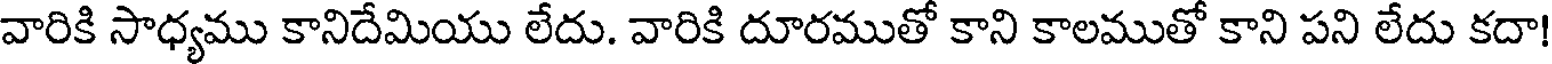
వారికి సాధ్యము కానిదేమియు లేదు. వారికి దూరముతో కాని కాలముతో కాని పని లేదు కదా